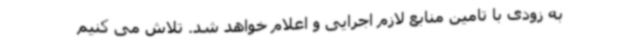
به زودی با تامین منابع لازم اجرایی و اعلام خواهد شد. تلاش می کنیم